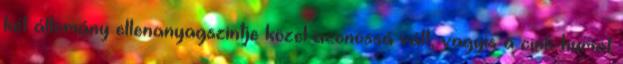
két állomány ellenanyagszintje közel azonossá vált, vagyis a cink-humát